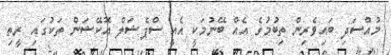
މުއްސަދި ބައިވެރިން ތިބުމުގެ އެއް ބޭނުމަކީ އެއީ ސްޕެޝަލް އޮކޭޝަން ތަކުގައި ރީތި